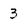
Character: 3